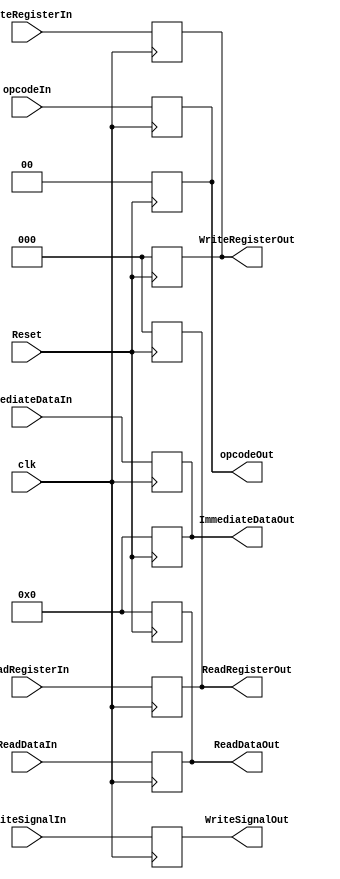
`timescale 1ns / 1ps

module ID_EX(
    input clk,
    input Reset,
    
    input [1:0] opcodeIn,
    output reg [1:0] opcodeOut,
    
    input [7:0] ReadDataIn,
    output reg [7:0] ReadDataOut,
    
    input [7:0] ImmediateDataIn,
    output reg [7:0] ImmediateDataOut,
    
    input [2:0] ReadRegisterIn,
    output reg [2:0] ReadRegisterOut,
    
    input [2:0] WriteRegisterIn,
    output reg [2:0] WriteRegisterOut,
    
    input WriteSignalIn,
    output reg WriteSignalOut
);

always@(posedge clk)
begin
    ReadDataOut = ReadDataIn;
    ImmediateDataOut = ImmediateDataIn;
    ReadRegisterOut = ReadRegisterIn;
    WriteRegisterOut =  WriteRegisterIn;
    WriteSignalOut = WriteSignalIn;
    opcodeOut = opcodeIn;
end

always@(negedge Reset)
begin
    ReadDataOut = 0;
    ImmediateDataOut = 0;
    ReadRegisterOut = 0;
    WriteRegisterOut =  0;
//    WriteSignalOut = 0;
    opcodeOut = 0;
end

endmodule